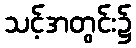
သင့်အတွင်း၌